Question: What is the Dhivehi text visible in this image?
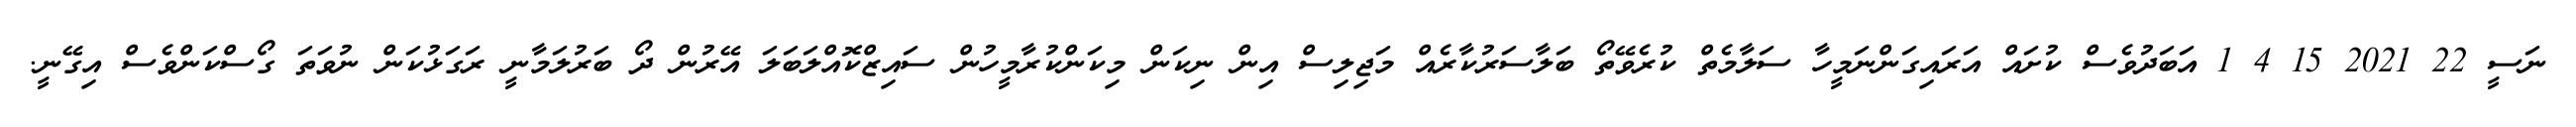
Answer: ނަސީ 22 2021 15 4 1 އަބަދުވެސް ކުށައް އަރައިގަންނަމީހާ ސަލާމެތް ކުރެވޭތޯ ބަލާސަރުކާރެއް މަޖިލިސް އިން ނިކަން މިކަންކުރާމީހުން ސައިޒްކޮއްލަބަލަ އޭރުން ދޯ ބަރުލަމާނީ ރަގަޅުކަން ނުވަތަ ގޯސްކަންވެސް އިގޭނީ.